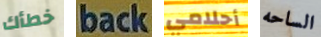
خطأك back أحلامي الساحه